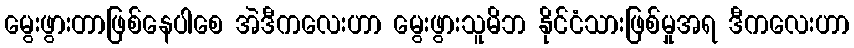
မွေးဖွားတာဖြစ်နေပါစေ အဲဒီကလေးဟာ မွေးဖွားသူမိဘ နိုင်ငံသားဖြစ်မှုအရ ဒီကလေးဟာ